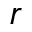
r